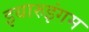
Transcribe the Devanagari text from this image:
इयारुइंगम